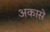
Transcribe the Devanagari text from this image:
अकासे